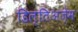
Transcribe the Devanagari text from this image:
डिल्तिअज़ेम